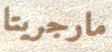
مارجريتا